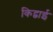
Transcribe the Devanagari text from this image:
किद्वाई